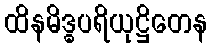
ထိနမိဒ္ဓပရိယုဋ္ဌိတေန